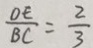
\frac { O E } { B C } = \frac { 2 } { 3 }